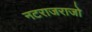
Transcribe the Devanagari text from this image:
नटराजराजो